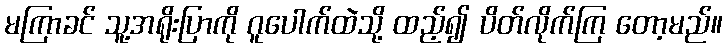
မကြာခင် သူ့အရိုးပြာကို ဂူပေါက်ထဲသို့ ထည့်၍ ပိတ်လိုက်ကြ တော့မည်။